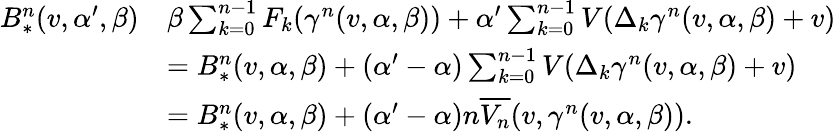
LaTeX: \begin{array}{rl}{B_{*}^{n}(v,\alpha^{\prime},\beta)}&{\le\beta\sum_{k=0}^{n-1}F_{k}(\gamma^{n}(v,\alpha,\beta))+\alpha^{\prime}\sum_{k=0}^{n-1}V(\Delta_{k}\gamma^{n}(v,\alpha,\beta)+v)}\\ &{=B_{*}^{n}(v,\alpha,\beta)+(\alpha^{\prime}-\alpha)\sum_{k=0}^{n-1}V(\Delta_{k}\gamma^{n}(v,\alpha,\beta)+v)}\\ &{=B_{*}^{n}(v,\alpha,\beta)+(\alpha^{\prime}-\alpha)n\overline{{V_{n}}}(v,\gamma^{n}(v,\alpha,\beta)).}\end{array}